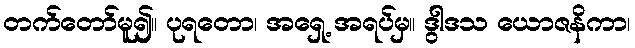
တက်တော်မူ၍။ ပုရတော၊ အရှေ့ အရပ်မှ။ ဒွါဒသ ယောဇနိကာ၊